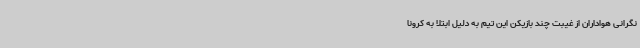
نگرانی هواداران از غیبت چند بازیکن این تیم به دلیل ابتلا به کرونا